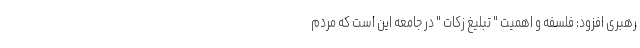
رهبری افزود: فلسفه و اهمیت " تبلیغ زکات " در جامعه این است که مردم